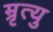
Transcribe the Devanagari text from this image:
म्रृत्यु